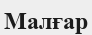
Малғар